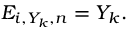
E _ { i , Y _ { k } , n } = Y _ { k } .